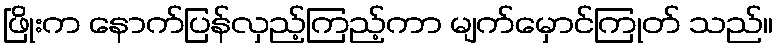
ဖြိုးက နောက်ပြန်လှည့်ကြည့်ကာ မျက်မှောင်ကြုတ် သည်။